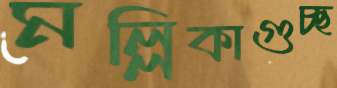
মল্লিকাগুচ্ছ